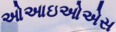
ઓઆઇઓએસ